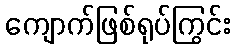
ကျောက်ဖြစ်ရုပ်ကြွင်း